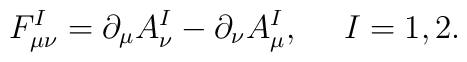
F_{\mu\nu}^I=\partial_\mu A_\nu^I -\partial_\nu A_\mu^I,~~~~I=1,2.